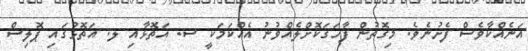
އަނެއްކާވެސް ފެށުނެވެ. މިގޮތުން ފާހަގަކޮށްލެއްވުނު އެއްކަމަކީ ސ. އަތޮޅާއި ލ. އަތޮޅުގައި ޕޮލިސް